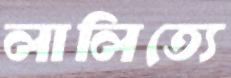
লালিত্যে